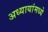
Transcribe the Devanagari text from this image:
अध्यायांमध्ये